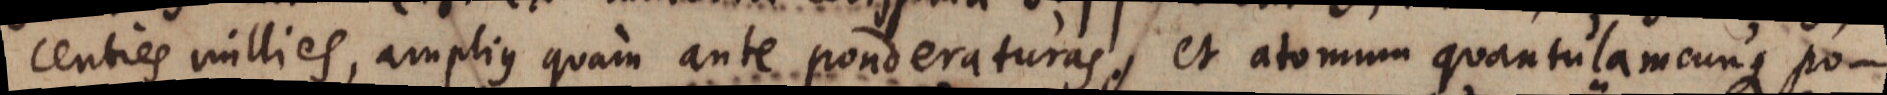
centies millies, amplius quam ante ponderaturas, et atomum quantulamcunque po-